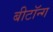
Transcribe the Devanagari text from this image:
बीटॉन्ग